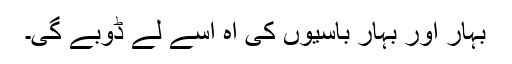
بہار اور بہار باسیوں کی آہ اسے لے ڈوبے گی۔